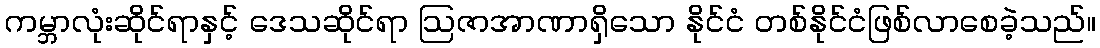
ကမ္ဘာလုံးဆိုင်ရာနှင့် ဒေသဆိုင်ရာ ဩဇာအာဏာရှိသော နိုင်ငံ တစ်နိုင်ငံဖြစ်လာစေခဲ့သည်။